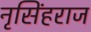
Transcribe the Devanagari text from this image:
नृसिंहराज